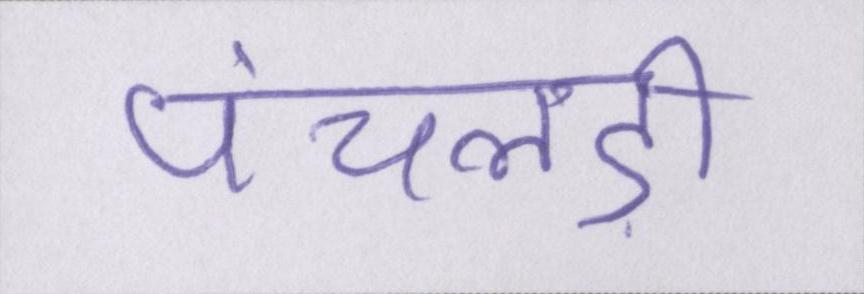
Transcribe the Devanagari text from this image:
पंचलड़ी